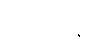
မမေ့ပါနဲ့။